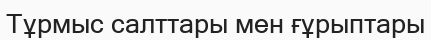
Тұрмыс салттары мен ғұрыптары